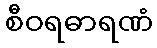
စီဝရဓာရဏံ